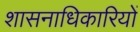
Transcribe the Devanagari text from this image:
शासनाधिकारियों